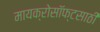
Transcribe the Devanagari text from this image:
मायक्रोसॉफ्टसाठी